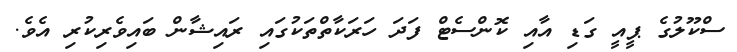
ސްކޫލުގެ ޕީއީ ގަޑި އާއި ކޮންސެޓް ފަދަ ހަރަކާތްތަކުގައި ރައިޝާން ބައިވެރިކުރި އެވެ.